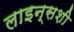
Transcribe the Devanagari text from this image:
लाइन्सशी